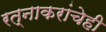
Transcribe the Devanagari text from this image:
रत्‍नाकरांचेही